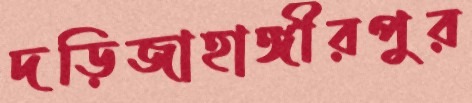
দড়িজাহাঙ্গীরপুর